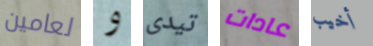
لعامين و تيدى عادات أخيب